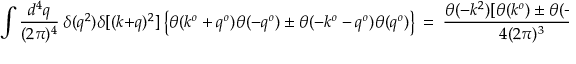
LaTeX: \int { \frac { d ^ { 4 } q } { ( 2 \pi ) ^ { 4 } } } \ \delta ( q ^ { 2 } ) \delta [ ( k + q ) ^ { 2 } ] \left\{ \theta ( k ^ { o } + q ^ { o } ) \theta ( - q ^ { o } ) \pm \theta ( - k ^ { o } - q ^ { o } ) \theta ( q ^ { o } ) \right\} \ = \ { \frac { \theta ( - k ^ { 2 } ) [ \theta ( k ^ { o } ) \pm \theta ( - k ^ { o } ) ] } { 4 ( 2 \pi ) ^ { 3 } } } ,